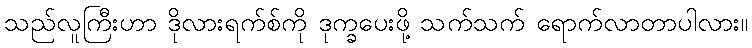
သည်လူကြီးဟာ ဒိုလားရက်စ်ကို ဒုက္ခပေးဖို့ သက်သက် ရောက်လာတာပါလား။